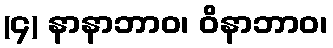
(၄) နာနာဘာဝ၊ ဝိနာဘာဝ၊